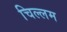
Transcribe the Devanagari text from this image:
चिल्लम